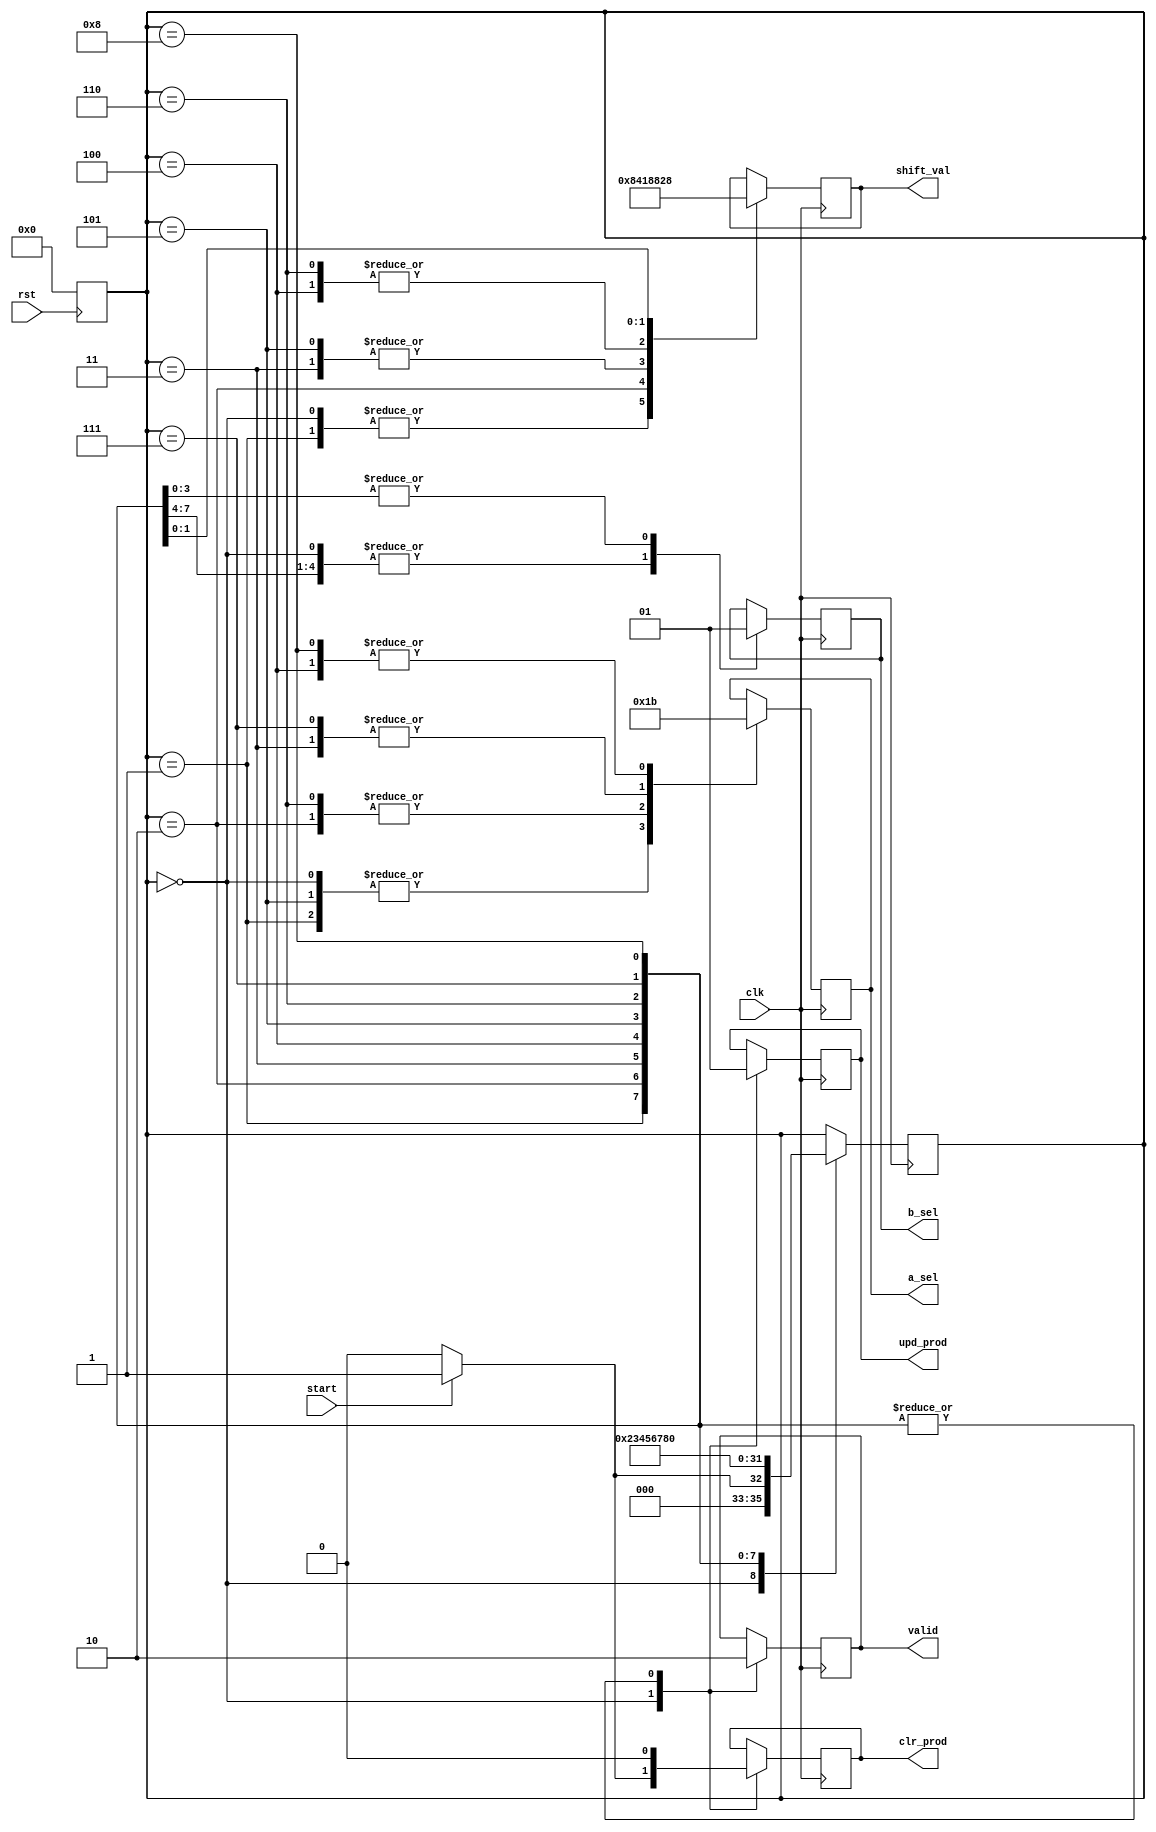
// 32X32 Multiplier FSM
module mult32x32_fsm (
    output wire valid,          // Product valid indication
    output reg  [1:0] a_sel,    // Select one byte from A
    output reg        b_sel,    // Select one 2-byte word from B
    output reg  [5:0] shift_val,// Shift value of 8-bit mult product
    output wire upd_prod,       // Update the product register
    output wire clr_prod,       // Clear the product register

    input wire start,           // Start signal
    input wire clk,             // Clock
    input wire rst              // Reset
);

reg clr_reg;
reg upd_p_reg;
reg valid_reg;

assign upd_prod=upd_p_reg;
assign clr_prod=clr_reg;
assign valid=valid_reg;

localparam A = 4'b0000; 
localparam B = 4'b0001;
localparam C = 4'b0010;
localparam D = 4'b0011;
localparam E = 4'b0100;
localparam F = 4'b0101;
localparam G = 4'b0110;
localparam H = 4'b0111;
localparam I = 4'b1000;
reg[0:3] current_state;
reg[0:3] next_state;


always @(posedge rst)
begin: asynch

	if(rst == 1'b1) begin
	
		current_state = A;
	end
end
always @(posedge clk)
begin: sync
	case(current_state)
		A:begin
			if(start == 0)begin
				next_state = A;
				a_sel=2'b00;
				b_sel=1'b0;
				shift_val=6'b000000;
				upd_p_reg=1'b0;
				clr_reg=1'b0;
				valid_reg=1'b1;
				current_state=next_state;
			end

			if(start == 1)begin
				next_state = B;
				a_sel=2'b00;
				b_sel=1'b0;
				shift_val=6'b000000;
				upd_p_reg=1'b0;
				clr_reg=1'b1;
				valid_reg=1'b1;
				current_state=next_state;
			end

		end
		B:begin
				next_state = C;
				a_sel=2'b00;
				b_sel=1'b0;
				shift_val=6'b000000;
				upd_p_reg=1'b1;
				clr_reg=1'b0;
				valid_reg=1'b0;
				current_state=next_state;
			end
		C:begin
				next_state = D;
				a_sel=2'b01;
				b_sel=1'b0;
				shift_val=6'b001000;
				upd_p_reg=1'b1;
				clr_reg=1'b0;
				valid_reg=1'b0;
				current_state=next_state;
			end
		D:begin
				next_state = E;
				a_sel=2'b10;
				b_sel=1'b0;
				shift_val=6'b010000;
				upd_p_reg=1'b1;
				clr_reg=1'b0;
				valid_reg=1'b0;
				current_state=next_state;
			end
		E:begin
				next_state = F;
				a_sel=2'b11;
				b_sel=1'b0;
				shift_val=6'b011000;
				upd_p_reg=1'b1;
				clr_reg=1'b0;
				valid_reg=1'b0;
				current_state=next_state;
			end

		F:begin
				next_state = G;
				a_sel=2'b00;
				b_sel=1'b1;
				shift_val=6'b010000;
				upd_p_reg=1'b1;
				clr_reg=1'b0;
				valid_reg=1'b0;
				current_state=next_state;
			end

		G:begin
				next_state = H;
				a_sel=2'b01;
				b_sel=1'b1;
				shift_val=6'b011000;
				upd_p_reg=1'b1;
				clr_reg=1'b0;
				valid_reg=1'b0;
				current_state=next_state;
			end
		H:begin
				next_state = I;
				a_sel=2'b10;
				b_sel=1'b1;
				shift_val=6'b100000;
				upd_p_reg=1'b1;
				clr_reg=1'b0;
				valid_reg=1'b0;
				current_state=next_state;
			end
		I:begin
				next_state = A;
				a_sel=2'b11;
				b_sel=1'b1;
				shift_val=6'b101000;
				upd_p_reg=1'b1;
				clr_reg=1'b0;
				valid_reg=1'b0;
				current_state=next_state;
			end
	
	endcase
	
			
end

// Put your code here
// ------------------
                
// End of your code

endmodule